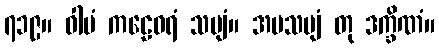
၇၁၉။ ဝါမံ ကဠေဝရံ သဗျံ။ အပသဗျံ တု ဒက္ခိဏံ။